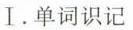
Ⅰ.单词识记